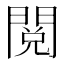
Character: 閲